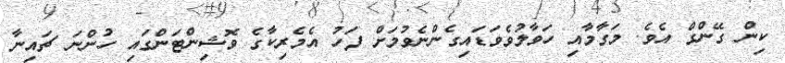
ކިން ގޭންގް އެވެ. މަގާމާއި ހަވާލުވެވަޑައިގެންނެވުމަށް ފަހު އެމެރިކާގެ ވޮޝިންޓަންގައި ހުންނަ ޗައިނާ